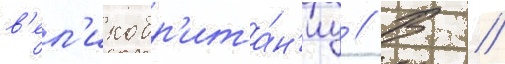
в'ел'икобр'ита́н'иу // В //